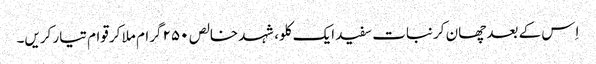
اِس کے بعد چھان کر نبات سفید ایک کلو، شہد خالص ۲۵۰ گرام ملا کر قوام تیار کریں۔